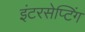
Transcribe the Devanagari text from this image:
इंटरसेप्टिंग